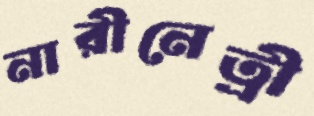
নারীনেত্রী